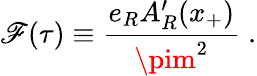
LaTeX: \mathscr{F}(\tau)\equiv{\frac{{e_{R}A_{R}^{\prime}(x_{+})}}{{\pim^{2}}}}\; .